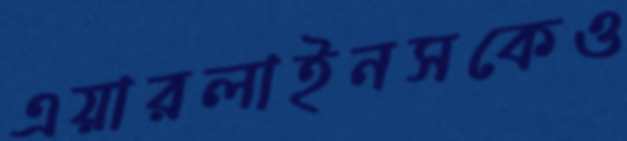
এয়ারলাইনসকেও